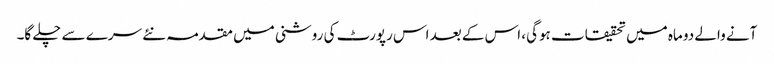
آنے والے دو ماہ میں تحقیقات ہوگی، اس کے بعد اس رپورٹ کی روشنی میں مقدمہ نئے سرے سے چلے گا۔